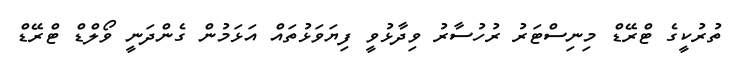
ތުރުކީގެ ޓްރޭޑް މިނިސްޓަރު ރުހުސާރު ވިދާޅުވީ ފިޔަވަޅުތައް އަޅަމުން ގެންދަނީ ވޯލްޑް ޓްރޭޑް